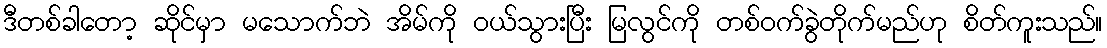
ဒီတစ်ခါတော့ ဆိုင်မှာ မသောက်ဘဲ အိမ်ကို ဝယ်သွားပြီး မြလွင်ကို တစ်ဝက်ခွဲတိုက်မည်ဟု စိတ်ကူးသည်။